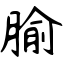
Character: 腧